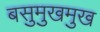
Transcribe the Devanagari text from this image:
बसुमुखमुख